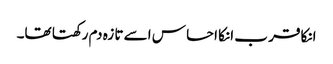
انکا قر ب انکا احسا س اسے تا زہ دم رکھتا تھا۔